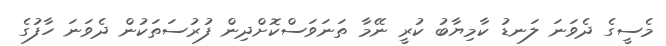
މެސީގެ ދެވަނަ ލަނޑު ކާމިޔާބު ކުރީ ނޭމާ ތަނަވަސްކޮށްދިން ފުރުސަތަކުން ދެވަނަ ހާފުގެ